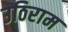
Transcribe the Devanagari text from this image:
उठिराम